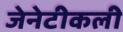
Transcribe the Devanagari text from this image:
जेनेटीकली